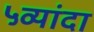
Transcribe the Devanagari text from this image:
५व्यांदा